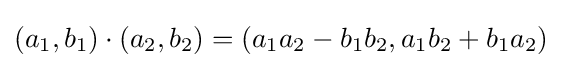
(a_{1},b_{1})\cdot (a_{2},b_{2})=(a_{1}a_{2}-b_{1}b_{2},a_{1}b_{2}+b_{1}a_{2})